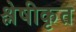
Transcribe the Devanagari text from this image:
श्लेषीकृत